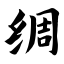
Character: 绸